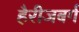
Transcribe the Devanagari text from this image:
हैरीजबर्ग